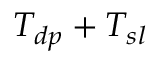
T _ { d p } + T _ { s l }